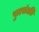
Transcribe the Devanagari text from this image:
पुत्रसंतति